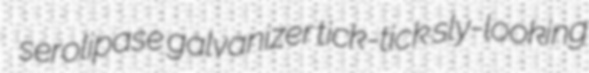
serolipase galvanizer tick-tick sly-looking